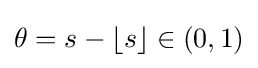
\theta =s-\lfloor s\rfloor \in (0,1)